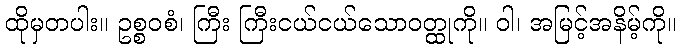
ထိုမှတပါး။ ဥစ္စဝစံ၊ ကြီး ကြီးငယ်ငယ်သောဝတ္ထုကို။ ဝါ၊ အမြင့်အနိမ့်ကို။